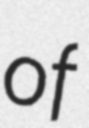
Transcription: of